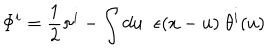
LaTeX: \Phi ^ { i } = \frac { 1 } { 2 } \pi ^ { i } - \int d u \; \; \epsilon ( x - u ) \; \theta ^ { i } ( u )